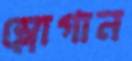
স্লোগান